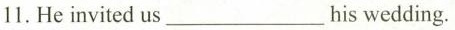
11. He invited us ___ his wedding.